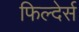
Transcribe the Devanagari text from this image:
फिल्देर्स